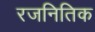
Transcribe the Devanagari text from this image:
रजनितिक